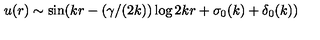
u ( r ) \sim \sin ( k r - ( \gamma / ( 2 k ) ) \log 2 k r + \sigma _ { 0 } ( k ) + \delta _ { 0 } ( k ) )